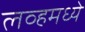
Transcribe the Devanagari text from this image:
लव्हमध्ये